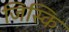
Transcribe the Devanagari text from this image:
जिस्कि